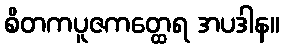
စိတကပူဇကတ္ထေရ အပဒါန။